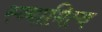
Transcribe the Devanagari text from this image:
स्व्बामित्व